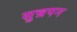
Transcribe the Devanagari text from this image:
सुन्नपन